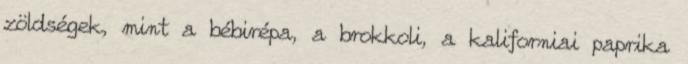
zöldségek, mint a bébirépa, a brokkoli, a kaliforniai paprika